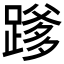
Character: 𮜄